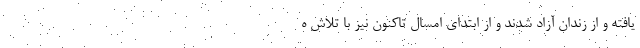
یافته و از زندان آزاد شدند و از ابتدای امسال تاکنون نیز با تلاش ه